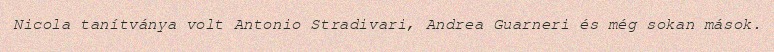
Nicola tanítványa volt Antonio Stradivari, Andrea Guarneri és még sokan mások.